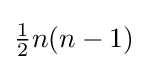
{\tfrac {1}{2}}n(n-1)